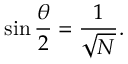
\sin { \frac { \theta } { 2 } } = { \frac { 1 } { \sqrt { N } } } .